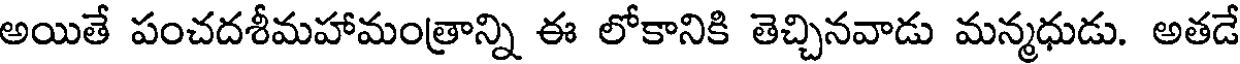
అయితే పంచదశీమహామంత్రాన్ని ఈ లోకానికి తెచ్చినవాడు మన్మధుడు. అతడే